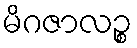
မိဂဇာလဉ္စ